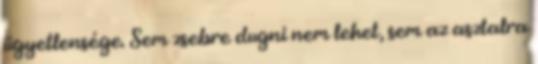
ügyetlensége. Sem zsebre dugni nem lehet, sem az asztalra